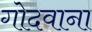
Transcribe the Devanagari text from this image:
गोदवाना